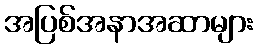
အပြစ်အနာအဆာများ